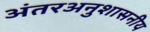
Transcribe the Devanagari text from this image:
अंतरअनुशासनीय